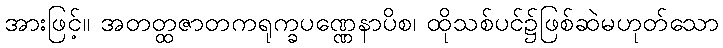
အားဖြင့်။ အတတ္ထဇာတကရုက္ခပဏ္ဏေနာပိစ၊ ထိုသစ်ပင်၌ဖြစ်ဆဲမဟုတ်သော